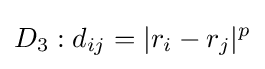
D_{3}:d_{ij}=|r_{i}-r_{j}|^{p}